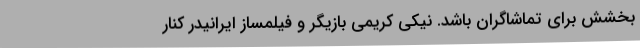
بخشش برای تماشاگران باشد. نیکی کریمی بازیگر و فیلمساز ایرانیدر کنار